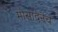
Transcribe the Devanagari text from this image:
मोसादनेच